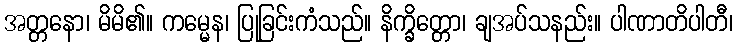
အတ္တနော၊ မိမိ၏။ ကမ္မေန၊ ပြုခြင်းကံသည်။ နိက္ခိတ္တော၊ ချအပ်သနည်း။ ပါဏာတိပါတီ၊